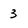
Character: 3